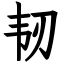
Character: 韧